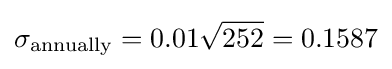
\sigma _{\text{annually}}=0.01{\sqrt {252}}=0.1587